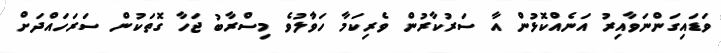
ވަޑައިގަންނަވާއިރު އަނެއްކޮޅުން އާ ސަރުކާރުން ވެރިކަމާ ހަވާުލުވެ މިސްރާބު ޖަހާ ގޮތަކުން ސަރަހައްދަށް